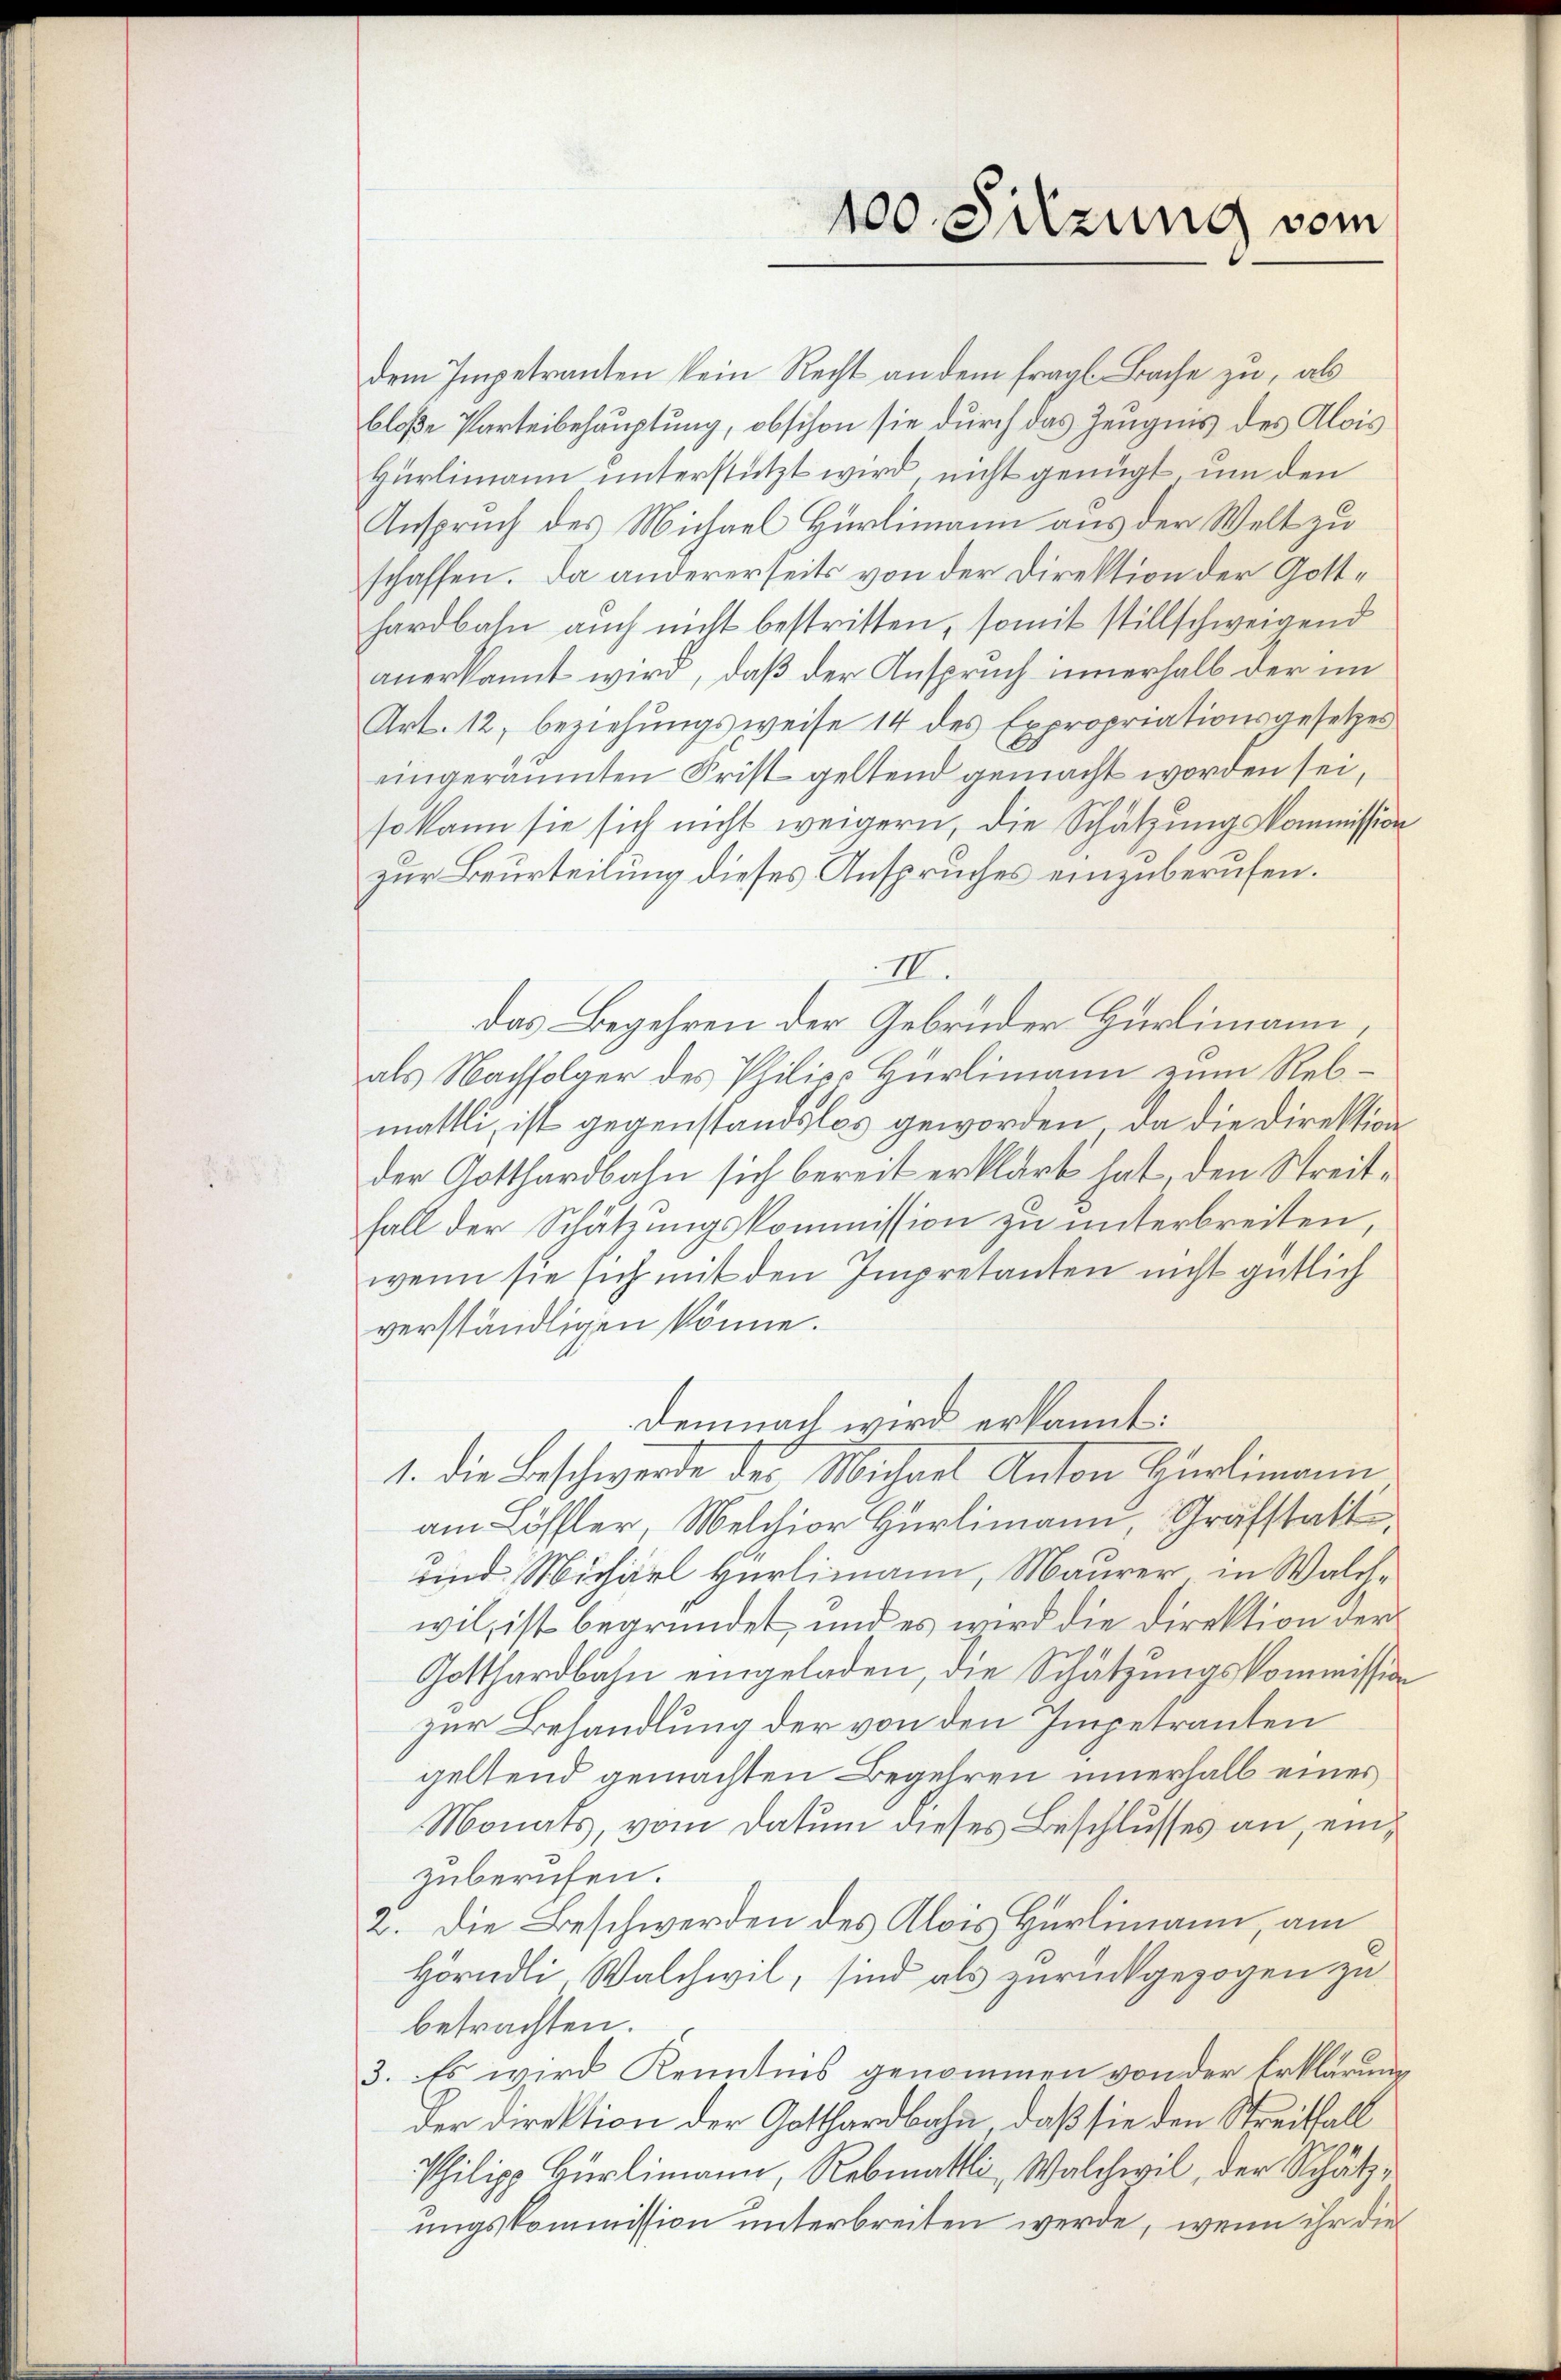
100. Sitzung vom

dem Impetranten kein Recht an dem fragl. Bache zu, als
bloße Parteibehauptung, obschon sie durch das Zeugnis des Alois
Hürlimann unterstützt wird nicht genügt, um den
Anspruch des Michael Hürlimann aus der Welt zu
schaffen. Da andererseits von der Direktion der Gotthardbahn auch nicht bestritten, somit stillschweigend
anerkannt wird, daß der Anspruch innerhalb der im
Art. 12, beziehungsweise 14 des Expropriationsgesetzes
eingeräumten Frist geltend gemacht worden sei,
so kann sie sich nicht weigern, die Schätzungskommission
zur Beurteilung dieses Anspruches einzuberufen.
II.
das Begehren der Gebrüder Hürlimann
als Nachfolger des Philis Hürlimann zum Rebmällli, ist gegenstandslos geworden, da die Direktion
der Gotthardbahn sich bereit erklärt hat den Streitfall der Schätzungskommission zu unterbreiten,
wenn sie sich mit den Impretanten nicht gütlich
verständligen könne.
Demnach wird erkannt:
1. die Beschwerde der Michael Anton Hürlimann
am Löffler, Melchior Hürlimann, Grafstatt
und Michael Hürlimann, Maurer in Walchwil, ist begründet, und es wird die Direktion der
Gotthardbahn eingeladen, die Schätzungskommission
zur Behandlung der von den Impetranten
geltend gemachten Begehren innerhalb einer
Monats, vom Datum dieses Beschlusses an, einzuberufen.
2. Die Beschwerden des Alois Hürlimann, am
Hörndli Walchwil, sind als zurückgezogen zu
betrachten.
3. Es wird Kenntnis genommen von der Erklärung
der Direktion der Gotthardbahn, daß sie den Streitfall
Philipp Hürlimann, Rebmattli, Walchwil, der Schätzungskommission unterbreiten werde, wenn ihr die